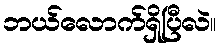
ဘယ်လောက်ရှိပြီလဲ။